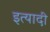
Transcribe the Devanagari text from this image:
इत्यादी